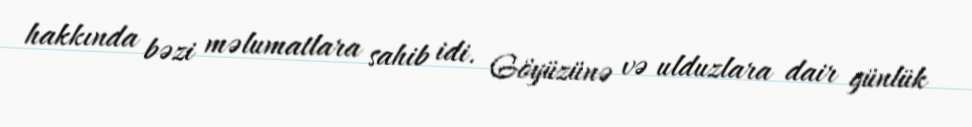
hakkında bəzi məlumatlara sahib idi. Göyüzünə və ulduzlara dair günlük